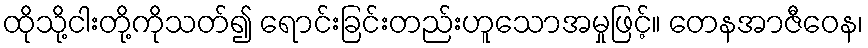
ထိုသို့ငါးတို့ကိုသတ်၍ ရောင်းခြင်းတည်းဟူသောအမှုဖြင့်။ တေနအာဇီဝေန၊